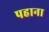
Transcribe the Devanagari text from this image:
पहाना